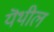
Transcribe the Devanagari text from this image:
यॆथील